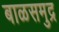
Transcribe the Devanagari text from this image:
बाळसमुद्र